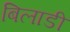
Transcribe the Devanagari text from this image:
बिलाडी